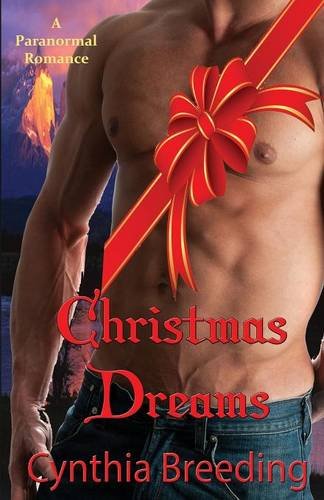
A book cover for Christmas Dreams; Cynthia Breeding; Romance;